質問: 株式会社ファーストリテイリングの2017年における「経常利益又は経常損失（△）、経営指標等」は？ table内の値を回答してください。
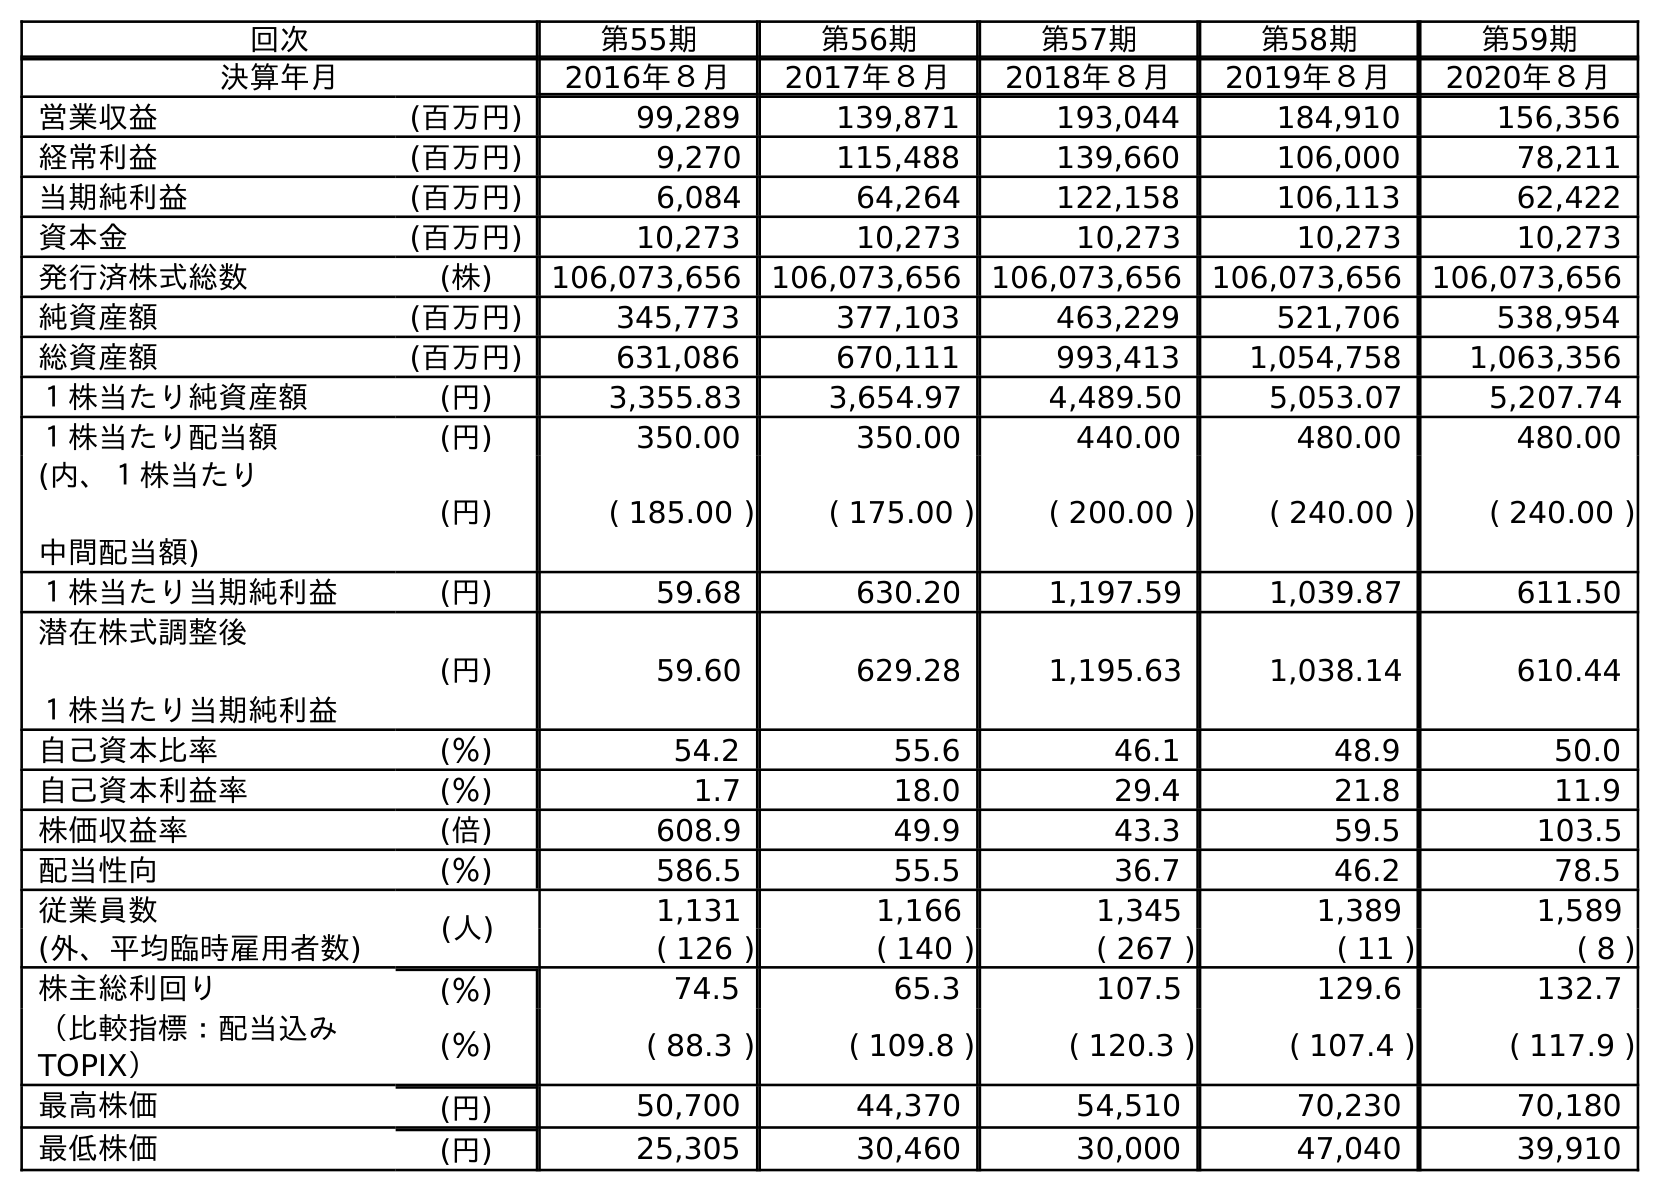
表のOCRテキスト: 回次 第55期 第56期 第57期 第58期 第59期 決算年月 2016年８月 2017年８月 2018年８月 2019年８月 2020年８月 営業収益 (百万円) 99,289 139,871 193,044 184,910 156,356 経常利益 (百万円) 9,270 115,488 139,660 106,000 78,211 当期純利益 (百万円) 6,084 64,264 122,158 106,113 62,422 資本金 (百万円) 10,273 10,273 10,273 10,273 10,273 発行済株式総数 (株) 106,073,656 106,073,656 106,073,656 106,073,656 106,073,656 純資産額 (百万円) 345,773 377,103 463,229 521,706 538,954 総資産額 (百万円) 631,086 670,111 993,413 1,054,758 1,063,356 １株当たり純資産額 (円) 3,355.83 3,654.97 4,489.50 5,053.07 5,207.74 １株当たり配当額 (円) 350.00 350.00 440.00 480.00 480.00 (内、１株当たり 中間配当額) (円) ( 185.00 ) ( 175.00 ) ( 200.00 ) ( 240.00 ) ( 240.00 ) １株当たり当期純利益 (円) 59.68 630.20 1,197.59 1,039.87 611.50 潜在株式調整後 １株当たり当期純利益 (円) 59.60 629.28 1,195.63 1,038.14 610.44 自己資本比率 (％) 54.2 55.6 46.1 48.9 50.0 自己資本利益率 (％) 1.7 18.0 29.4 21.8 11.9 株価収益率 (倍) 608.9 49.9 43.3 59.5 103.5 配当性向 (％) 586.5 55.5 36.7 46.2 78.5 従業員数 (人) 1,131 1,166 1,345 1,389 1,589 (外、平均臨時雇用者数) ( 126 ) ( 140 ) ( 267 ) ( 11 ) ( 8 ) 株主総利回り (％) 74.5 65.3 107.5 129.6 132.7 （比較指標：配当込み TOPIX） (％) ( 88.3 ) ( 109.8 ) ( 120.3 ) ( 107.4 ) ( 117.9 ) 最高株価 (円) 50,700 44,370 54,510 70,230 70,180 最低株価 (円) 25,305 30,460 30,000 47,040 39,910
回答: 115,488